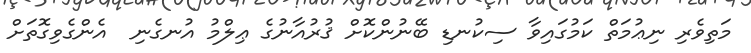
މަތިވެރި ނިޢުމަތް ކަމުގައިވާ ސިކުނޑި ބޭނުންކޮށް ޤުރުއާނުގެ ޢިލްމު އުނގެނި  އެންގެވިގޮތަށް